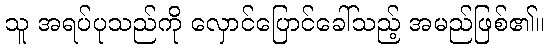
သူ အရပ်ပုသည်ကို လှောင်ပြောင်ခေါ်သည့် အမည်ဖြစ်၏။